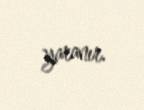
yaranır.